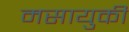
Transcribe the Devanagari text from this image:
मसायुकी